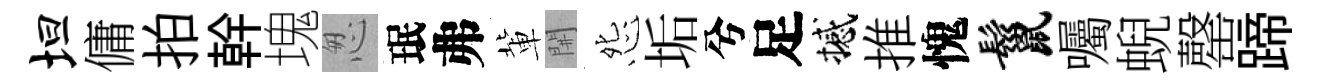
坦傭拍幹塊怱珉弗軰𨳩怨垢兮足撼推愧鬣囑蜺罄蹄